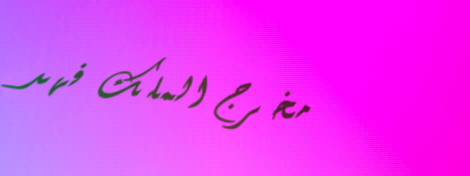
مخرج الملك فهد